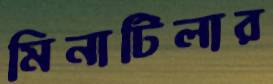
মিনাটিলার